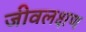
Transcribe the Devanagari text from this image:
जीवलक्षण